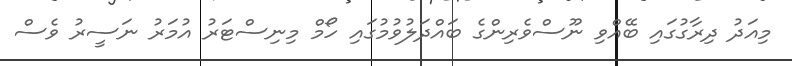
މިއަދު ދިރާގުގައި ބޭއްވި ނޫސްވެރިންގެ ބައްދަލުވުމުގައި ހޯމް މިނިސްޓަރު އުމަރު ނަސީރު ވެސް